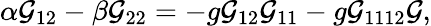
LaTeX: \alpha{\cal\mathcal{G}}_{12}-\beta{\cal\mathcal{G}}_{22}=-g{\cal\mathcal{G}}_{12}{\cal\mathcal{G}}_{11}-g{\cal\mathcal{G}}_{1112}{\cal\mathcal{G}},